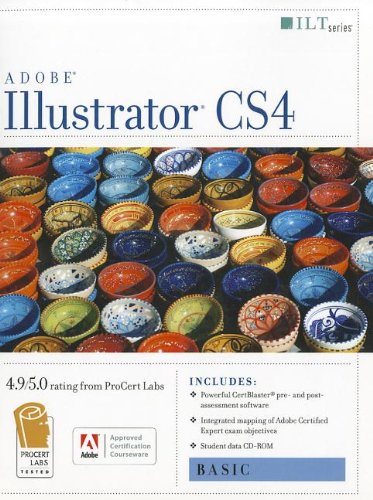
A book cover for Illustrator Cs4: Basic, Ace Edition + Certblaster + Data (ILT); Computers & Technology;